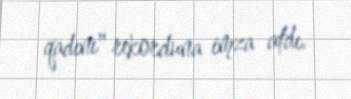
qadını" rekorduna imza atdı.